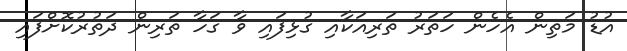
އުޑު މަތިން އެހެން ހަތަރު ތަރިއަކާއި ގުޅިފައި ވާ ގަހާ ތަރިން ދަތުރުކޮށްފައި